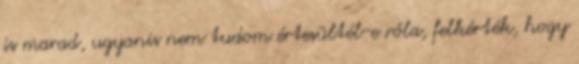
is marad, ugyanis nem tudom értesültél-e róla, felkérték, hogy